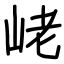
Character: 峔